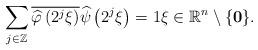
LaTeX: \begin{align*}\sum_{j\in\mathbb{Z}}\overline{\widehat{\varphi}\left(2^j\xi\right)}\widehat{\psi}\left(2^j\xi\right)=1\xi\in\mathbb{R}^n\setminus\{\mathbf{0}\}.\end{align*}